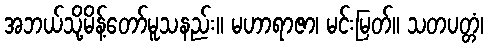
အဘယ်သို့မိန့်တော်မူသနည်း။ မဟာရာဇာ၊ မင်းမြတ်။ သတပတ္တံ၊